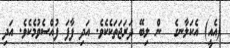
(އެއީ) އެކަލާނގެ  ން ލިބޭ ދަރަޖަތަކެކެވެ. އަދި ފާފަ ފުއްސެވުމެކެވެ. އަދި